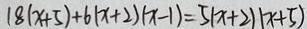
1 8 ( x + 5 ) + 6 ( x + 2 ) ( x - 1 ) = 5 ( x + 2 ) ( x + 5 )